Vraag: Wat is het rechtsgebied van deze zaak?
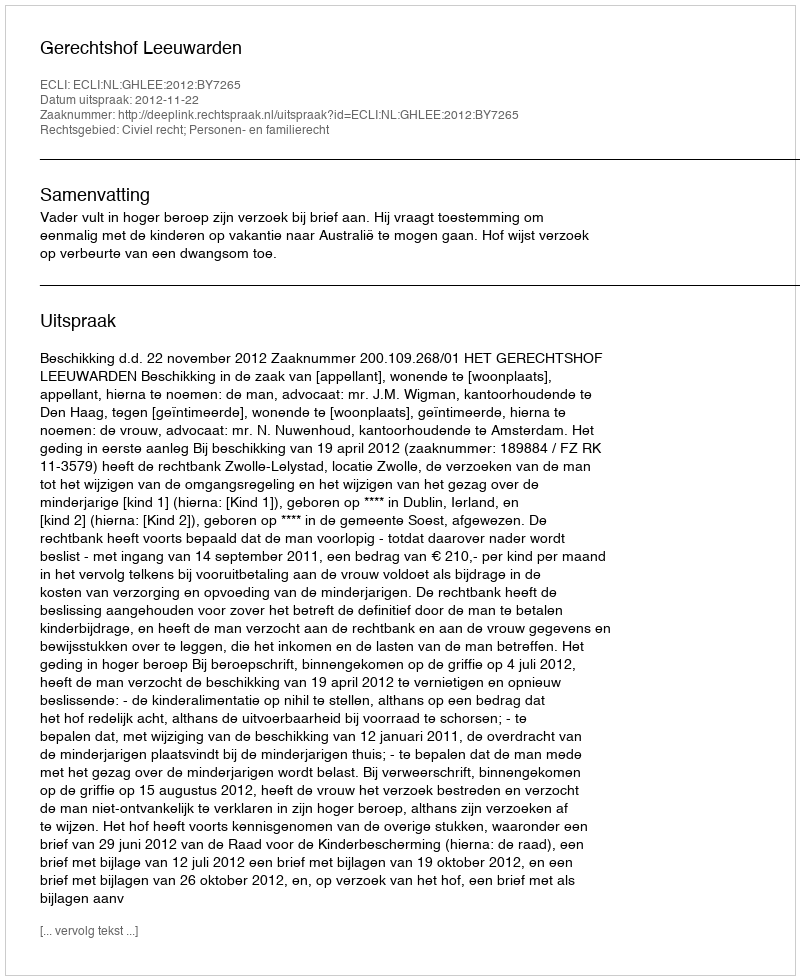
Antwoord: Civiel recht; Personen- en familierecht